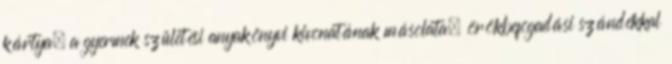
kártya, a gyermek születési anyakönyvi kivonatának másolata, örökbefogadási szándékkal